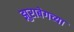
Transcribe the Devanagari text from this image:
झुराबेगच्या